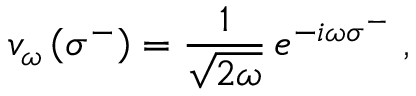
v _ { \omega } \left( \sigma ^ { - } \right) = { \frac { 1 } { \sqrt { 2 \omega } } } \, e ^ { - i \omega \sigma ^ { - } } \; ,